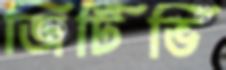
জিটিভি